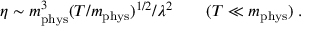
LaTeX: \eta \sim m _ { \mathrm { p h y s } } ^ { 3 } ( T / m _ { \mathrm { p h y s } } ) ^ { 1 / 2 } / \lambda ^ { 2 } \qquad ( T \ll m _ { \mathrm { p h y s } } ) \; .